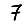
Digit: 7